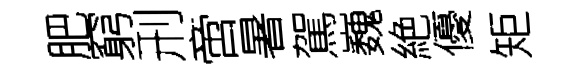
肥窮刑啻暑駕巍絶優矩